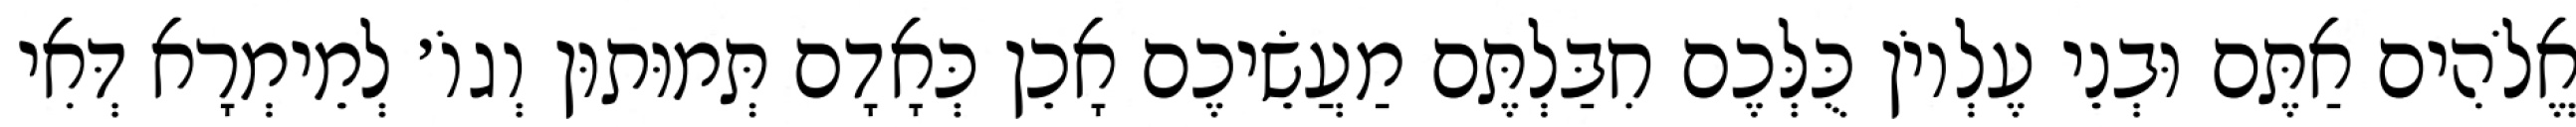
אֱלֹהִים אַתֶּם וּבְנֵי עֶלְיוֹן כֻּלְּכֶם חִבַּלְתֶּם מַעֲשֵׂיכֶם אָכֵן כְּאָדָם תְּמוּתוּן וְגוֹ׳ לְמֵימְרָא דְּאִי